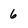
Character: 6